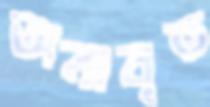
অনাবৃত